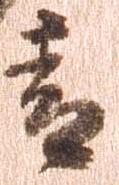
青